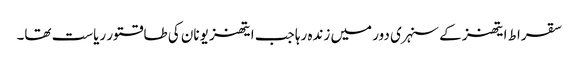
سقراط ایتھنز کے سنہری دور میں زندہ رہا جب ایتھنز یونان کی طاقتور ریاست تھا۔